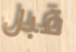
قبل